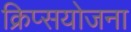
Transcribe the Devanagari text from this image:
क्रिप्सयोजना